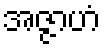
အဇ္ဇာဟံ